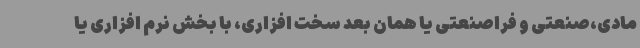
مادی،صنعتی و فراصنعتی یا همان بعد سخت افزاری، با بخش نرم افزاری یا